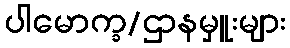
ပါမောက္ခ/ဌာနမှူးများ